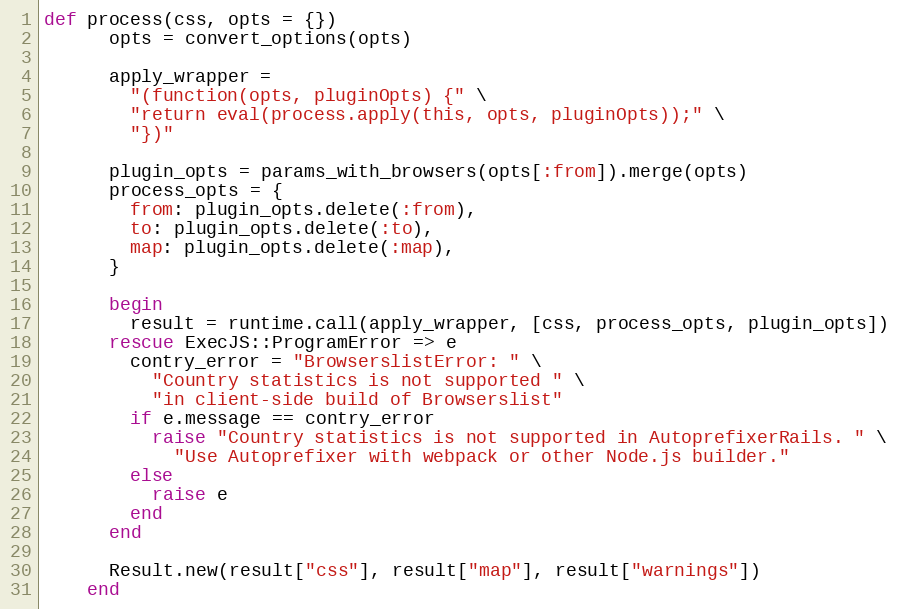
Language: Ruby
def process(css, opts = {})
      opts = convert_options(opts)

      apply_wrapper =
        "(function(opts, pluginOpts) {" \
        "return eval(process.apply(this, opts, pluginOpts));" \
        "})"

      plugin_opts = params_with_browsers(opts[:from]).merge(opts)
      process_opts = {
        from: plugin_opts.delete(:from),
        to: plugin_opts.delete(:to),
        map: plugin_opts.delete(:map),
      }

      begin
        result = runtime.call(apply_wrapper, [css, process_opts, plugin_opts])
      rescue ExecJS::ProgramError => e
        contry_error = "BrowserslistError: " \
          "Country statistics is not supported " \
          "in client-side build of Browserslist"
        if e.message == contry_error
          raise "Country statistics is not supported in AutoprefixerRails. " \
            "Use Autoprefixer with webpack or other Node.js builder."
        else
          raise e
        end
      end

      Result.new(result["css"], result["map"], result["warnings"])
    end